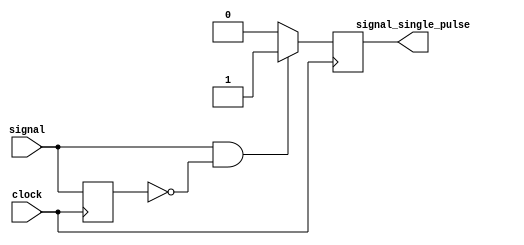
`timescale 1ns / 1ps
//////////////////////////////////////////////////////////////////////////////////
// Company: 
// Engineer: 
// 
// Design Name: 
// Module Name: OnePulse
// Project Name: 
// Target Devices: 
// Tool Versions: 
// Description: 
// 
// Dependencies: 
// 
// Revision:
// Revision 0.01 - File Created
// Additional Comments:
// 
//////////////////////////////////////////////////////////////////////////////////


module OnePulse (
	output reg signal_single_pulse,
	input wire signal,
	input wire clock
	);
	
	reg signal_delay;

	always @(posedge clock) begin
		if (signal == 1'b1 & signal_delay == 1'b0)
		  signal_single_pulse <= 1'b1;
		else
		  signal_single_pulse <= 1'b0;

		signal_delay <= signal;
	end
endmodule